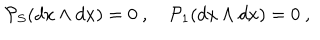
{ \cal P } _ { S } ( d x \wedge d x ) = 0 \ , \quad { \cal P } _ { 1 } ( d x \wedge d x ) = 0 \ ,